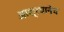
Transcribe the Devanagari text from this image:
आश्रयानेच